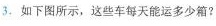
3.如下图所示，这些车每天能运多少箱?